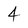
Character: 4